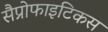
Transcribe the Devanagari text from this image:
सैप्रोफाइटिकस